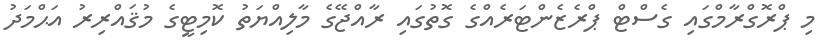
މި ޕްރޮގްރާމްގައި ގެސްޓް ޕްރެޒެންޓަރެއްގެ ގޮތުގައި ރާއްޖޭގެ މާލިއްޔަތު ކޮމިޓީގެ މުޤައްރިރު އަޙްމަދު